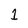
Character: 1